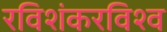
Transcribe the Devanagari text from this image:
रविशंकरविश्व